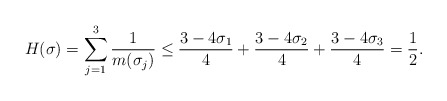
\begin{align*}H(\sigma)&=\sum_{j=1}^3\frac {1}{m(\sigma_j)} \le \frac{3-4\sigma_1}{4}+\frac{3-4\sigma_2}{4}+\frac{3-4\sigma_3}{4}=\frac 12.\end{align*}